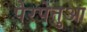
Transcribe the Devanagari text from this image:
पेरपेतुआ